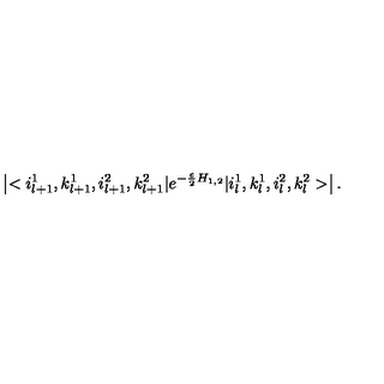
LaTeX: \left| < i _ { l + 1 } ^ { 1 } , k _ { l + 1 } ^ { 1 } , i _ { l + 1 } ^ { 2 } , k _ { l + 1 } ^ { 2 } | e ^ { - \frac { \varepsilon } { 2 } H _ { 1 , 2 } } | i _ { l } ^ { 1 } , k _ { l } ^ { 1 } , i _ { l } ^ { 2 } , k _ { l } ^ { 2 } > \right| .